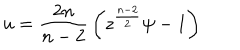
u = { \frac { 2 n } { n - 2 } } \left( z ^ { \frac { n - 2 } { 2 } } \psi - 1 \right)